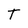
Character: T